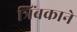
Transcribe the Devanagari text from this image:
त्रिंबकाने